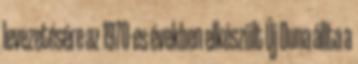
levezetésére az 1970-es években elkészült Új Duna állta a